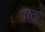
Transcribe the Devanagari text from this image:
नात्